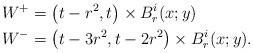
LaTeX: \begin{align*} W^+&=\left(t-r^2,t\right)\times B^i_{r}(x;y)\\ W^-&=\left(t-3r^2,t-2r^2\right)\times B^i_{r}(x;y). \end{align*}